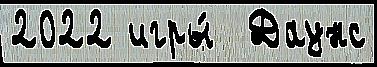
2022 игры́  Даунс